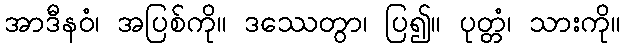
အာဒီနဝံ၊ အပြစ်ကို။ ဒဿေတွာ၊ ပြ၍။ ပုတ္တံ၊ သားကို။